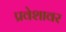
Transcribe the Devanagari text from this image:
प्रवेशावर